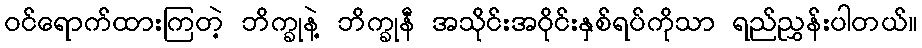
ဝင်ရောက်ထားကြတဲ့ ဘိက္ခုနဲ့ ဘိက္ခုနီ အသိုင်းအဝိုင်းနှစ်ရပ်ကိုသာ ရည်ညွှန်းပါတယ်။